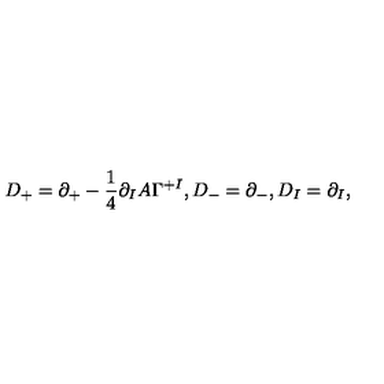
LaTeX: D _ { + } = \partial _ { + } - \frac { 1 } { 4 } \partial _ { I } A \Gamma ^ { + I } , D _ { - } = \partial _ { - } , D _ { I } = \partial _ { I } ,